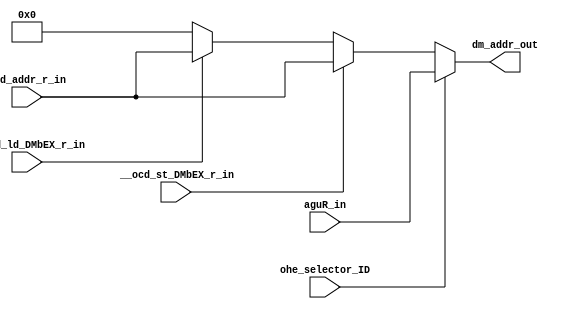

// File generated by Go version U-2022.12#33f3808fcb#221128, Thu Jan 25 16:08:15 2024
// Copyright 2014-2022 Synopsys, Inc. All rights reserved.
// go -I../lib -F -DSYNTHESIS_NO_UNGROUP -D__tct_patch__=0 -Verilog -otrv32p3_cnn_vlog -cgo_options.cfg -Itrv32p3_cnn_vlog/tmp_pdg -updg -updg_controller trv32p3_cnn



`timescale 1ns/1ps

// module mux_dm_addr : mux_dm_addr
module mux_dm_addr
  ( input                    ohe_selector_ID,
    input                    __ocd_ld_DMbEX_r_in, // bool
    input                    __ocd_st_DMbEX_r_in, // bool
    input      signed [31:0] aguR_in, // w32
    input             [31:0] ocd_addr_r_in, // addr
    output reg        [31:0] dm_addr_out // addr
  );


  always @ (*)

  begin : p_mux_dm_addr

    dm_addr_out = 32'h0;

    // (dm_addr_copy0_ocd_addr_r___ocd_ld_DMbEX_r_EX_alw, dm_addr_copy0_ocd_addr_r___ocd_st_DMbEX_r_EX_alw)
    if (__ocd_ld_DMbEX_r_in)
    begin
      // [ocd.n:73]
      dm_addr_out = ocd_addr_r_in;
    end
    if (__ocd_st_DMbEX_r_in)
    begin
      // [ocd.n:80]
      dm_addr_out = ocd_addr_r_in;
    end

    if (ohe_selector_ID) // (dm_addr_copy0_aguR_ID)
    begin
      // [ldst.n:58][ldst.n:95]
      dm_addr_out = $unsigned(aguR_in);
    end

  end

endmodule